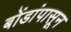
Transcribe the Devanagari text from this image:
बोंडांपासून